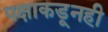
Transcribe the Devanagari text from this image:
पक्षाकडूनही